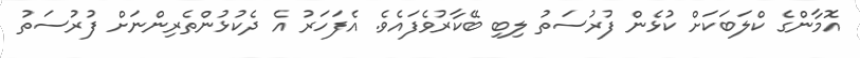
އޮމާންގެ ކްލަބަކަށް ކުޅެން ފުރުސަތު ލިބި ބޭކާރުވެފައެވެ. އެފަހަރު އެ ދެކުޅުންތެރިންނަށް ފުރުސަތު